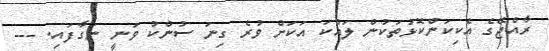
ރާއްޖޭގެ އެކިކަންކޮޅުތަކުން ލައްކަ އަކަށް ވުރެ ގިނަ ސުންކު ވަނީ ނަގާފައި. ---